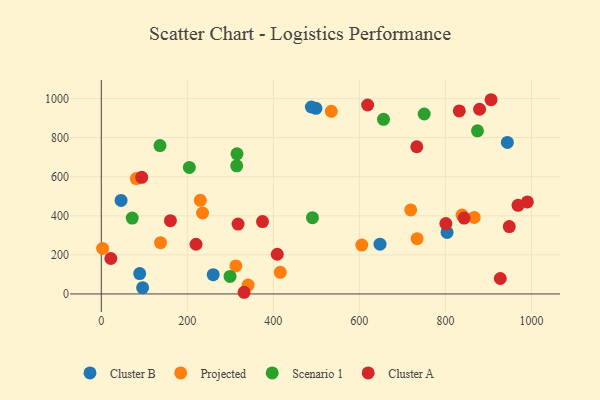
{"axis": {"x": "Experience", "y": "Salary"}, "legend": ["Cluster A", "Cluster B", "Projected", "Scenario 1"], "data": [{"x": "648.0", "y": 254.8, "type": "Cluster B"}, {"x": "96.1", "y": 32.1, "type": "Cluster B"}, {"x": "89.3", "y": 104.4, "type": "Cluster B"}, {"x": "499.0", "y": 950.1, "type": "Cluster B"}, {"x": "944.1", "y": 775.9, "type": "Cluster B"}, {"x": "46.0", "y": 478.9, "type": "Cluster B"}, {"x": "488.4", "y": 957.1, "type": "Cluster B"}, {"x": "803.9", "y": 315.0, "type": "Cluster B"}, {"x": "260.2", "y": 98.8, "type": "Cluster B"}, {"x": "312.9", "y": 143.7, "type": "Projected"}, {"x": "838.7", "y": 403.6, "type": "Projected"}, {"x": "3.1", "y": 233.3, "type": "Projected"}, {"x": "605.6", "y": 250.3, "type": "Projected"}, {"x": "137.8", "y": 262.6, "type": "Projected"}, {"x": "416.1", "y": 110.7, "type": "Projected"}, {"x": "230.2", "y": 479.1, "type": "Projected"}, {"x": "734.2", "y": 283.1, "type": "Projected"}, {"x": "81.5", "y": 590.9, "type": "Projected"}, {"x": "719.4", "y": 430.0, "type": "Projected"}, {"x": "235.4", "y": 414.5, "type": "Projected"}, {"x": "866.9", "y": 391.6, "type": "Projected"}, {"x": "534.8", "y": 935.0, "type": "Projected"}, {"x": "341.4", "y": 45.9, "type": "Projected"}, {"x": "136.4", "y": 759.6, "type": "Scenario 1"}, {"x": "71.9", "y": 388.4, "type": "Scenario 1"}, {"x": "656.1", "y": 894.0, "type": "Scenario 1"}, {"x": "750.7", "y": 921.2, "type": "Scenario 1"}, {"x": "299.3", "y": 89.9, "type": "Scenario 1"}, {"x": "490.9", "y": 390.6, "type": "Scenario 1"}, {"x": "874.6", "y": 834.9, "type": "Scenario 1"}, {"x": "314.8", "y": 656.1, "type": "Scenario 1"}, {"x": "204.7", "y": 647.9, "type": "Scenario 1"}, {"x": "315.5", "y": 717.6, "type": "Scenario 1"}, {"x": "22.2", "y": 181.4, "type": "Cluster A"}, {"x": "733.5", "y": 753.5, "type": "Cluster A"}, {"x": "927.6", "y": 79.0, "type": "Cluster A"}, {"x": "409.1", "y": 203.2, "type": "Cluster A"}, {"x": "990.6", "y": 470.9, "type": "Cluster A"}, {"x": "968.9", "y": 453.7, "type": "Cluster A"}, {"x": "832.3", "y": 936.9, "type": "Cluster A"}, {"x": "906.2", "y": 994.3, "type": "Cluster A"}, {"x": "843.5", "y": 388.3, "type": "Cluster A"}, {"x": "619.2", "y": 967.2, "type": "Cluster A"}, {"x": "318.0", "y": 357.6, "type": "Cluster A"}, {"x": "332.0", "y": 8.6, "type": "Cluster A"}, {"x": "801.1", "y": 360.4, "type": "Cluster A"}, {"x": "94.0", "y": 596.8, "type": "Cluster A"}, {"x": "948.6", "y": 344.8, "type": "Cluster A"}, {"x": "879.5", "y": 945.5, "type": "Cluster A"}, {"x": "374.8", "y": 370.4, "type": "Cluster A"}, {"x": "160.7", "y": 375.3, "type": "Cluster A"}, {"x": "220.3", "y": 254.5, "type": "Cluster A"}]}